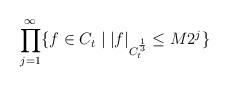
LaTeX: \begin{align*} \prod_{j=1}^{\infty} \{ f \in C_{t} \mid |f|_{C^{\frac{1}{3}}_{t}} \leq M2^{j} \}\end{align*}